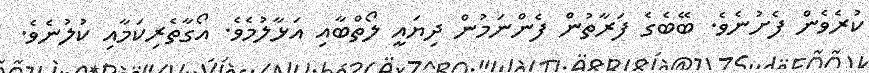
ކުރެވެން ފެށުނެވެ. ބޭބެގެ ފަރާތުން ފެންނަމުން ދިޔައީ ލޯތްބާއި އަޅާލުމެވެ. އޯގާތެރިކަމާއި ކުލުނެވެ.